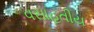
વસાહતીય